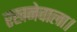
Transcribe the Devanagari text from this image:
रखनेवाला।